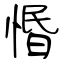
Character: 惽